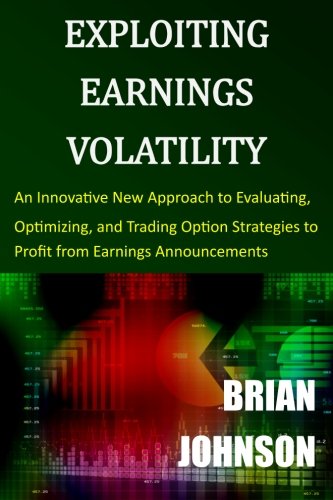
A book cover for Exploiting Earnings Volatility: An Innovative New Approach to Evaluating, Optimizing, and Trading Option Strategies to Profit from Earnings Announcements; Brian Johnson; Business & Money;